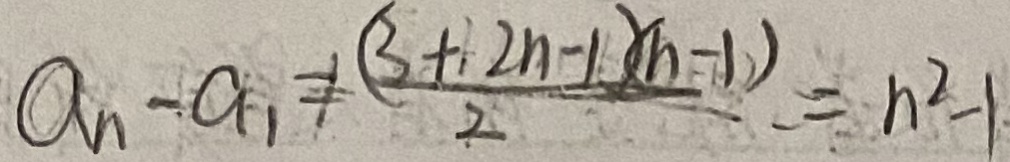
a _ { n } - a _ { 1 } \neq \frac { ( 3 + 2 n - 1 ) ( n - 1 ) } { 2 } = n ^ { 2 } - 1